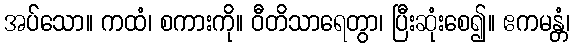
အပ်သော။ ကထံ၊ စကားကို။ ဝီတိသာရေတွာ၊ ပြီးဆုံးစေ၍။ ဧကမန္တံ၊